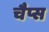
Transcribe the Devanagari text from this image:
चैप्स